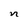
Character: n